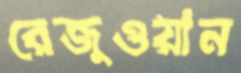
রেজুওয়ান